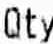
QTY